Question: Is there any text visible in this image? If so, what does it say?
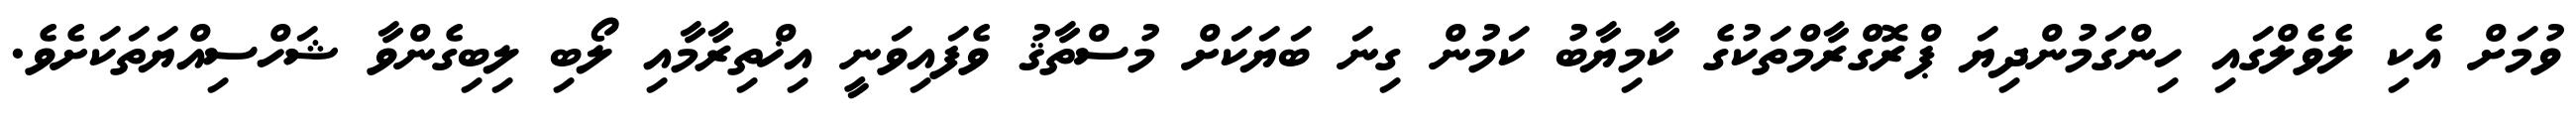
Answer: ވުމަށް އެކި ލެވެލްގައި ހިންގަމުންދިޔަ ޕްރޮގްރާމްތަކުގެ ކާމިޔާބު ކަމުން ގިނަ ބަޔަކަށް މުސްތާޤު ވެފައިވަނީ އިޚްތިރާމާއި ލޯބި ލިބިގެންވާ ޝަހްސިއްޔަތަކަށެވެ.